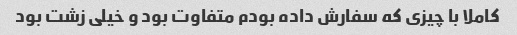
کاملا با چیزی که سفارش داده بودم متفاوت بود و خیلی زشت بود